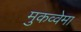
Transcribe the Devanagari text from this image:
मुकव्वेमा